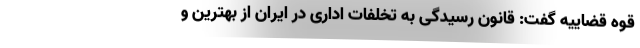
قوه قضاییه گفت: قانون رسیدگی به تخلفات اداری در ایران از بهترین و